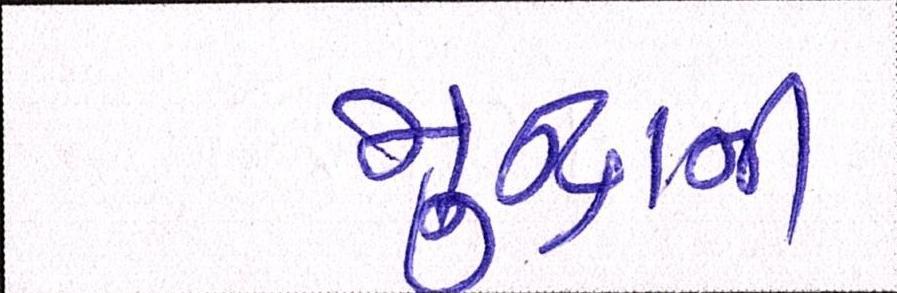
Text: મુન્દ્રાની